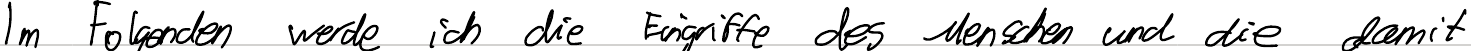
Im Folgenden werde ich die Eingriffe des Menschen und die damit